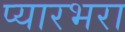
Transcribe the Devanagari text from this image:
प्यारभरा